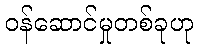
ဝန်ဆောင်မှုတစ်ခုဟု